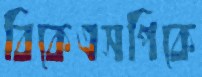
বিকেএসপিকে